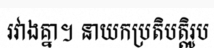
រវាងគ្នា។ នាយកប្រតិបត្តិរូប